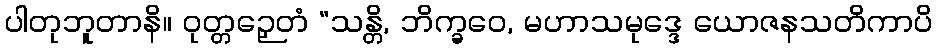
ပါတုဘူတာနိ။ ဝုတ္တဉှေတံ “သန္တိ, ဘိက္ခဝေ, မဟာသမုဒ္ဒေ ယောဇနသတိကာပိ